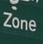
zone